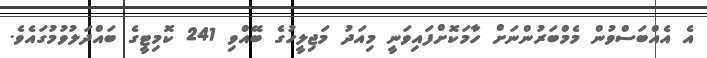
އެ އެއްބަސްވުން މެމްބަރުންނަށް ހާމަކޮށްފައިވަނީ މިއަދު މަޖިލީހުގެ ބޭއްވި 241 ކޮމިޓީގެ ބައްދަލުވުމުގައެވެ.